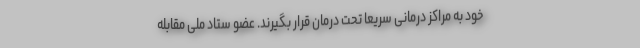
خود به مراکز درمانی سریعاً تحت درمان قرار بگیرند. عضو ستاد ملی مقابله